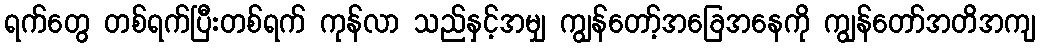
ရက်တွေ တစ်ရက်ပြီးတစ်ရက် ကုန်လာ သည်နှင့်အမျှ ကျွန်တော့်အခြေအနေကို ကျွန်တော်အတိအကျ